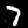
Label: 7